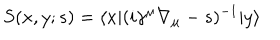
LaTeX: S ( x , y ; s ) = \langle x | ( i \gamma ^ { \mu } \nabla _ { \mu } - s ) ^ { - 1 } | y \rangle